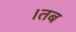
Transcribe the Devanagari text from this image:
।तब